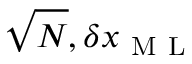
\sqrt { N } , \delta x _ { \mathrm { ~ M ~ L ~ } }